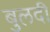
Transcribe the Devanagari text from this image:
बुलदी